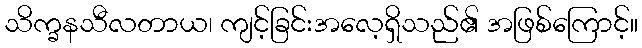
သိက္ခနသီလတာယ၊ ကျင့်ခြင်းအလေ့ရှိသည်၏ အဖြစ်ကြောင့်။